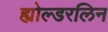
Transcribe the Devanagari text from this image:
ह्योल्डरलिन